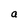
Character: a